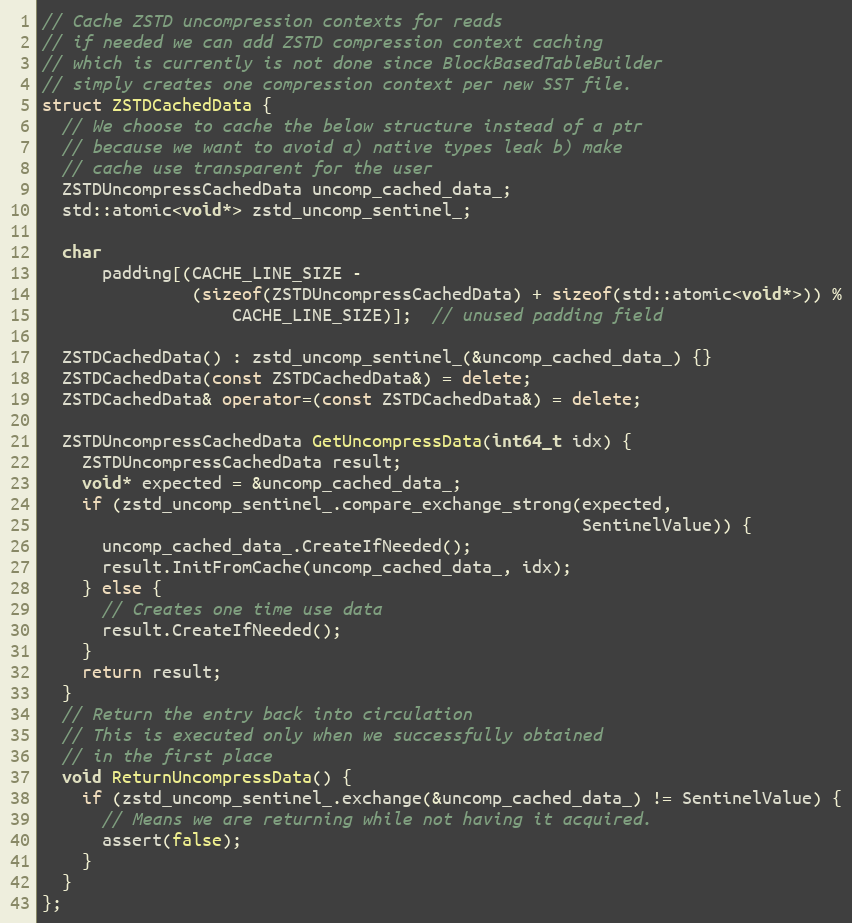
Language: C++
// Cache ZSTD uncompression contexts for reads
// if needed we can add ZSTD compression context caching
// which is currently is not done since BlockBasedTableBuilder
// simply creates one compression context per new SST file.
struct ZSTDCachedData {
  // We choose to cache the below structure instead of a ptr
  // because we want to avoid a) native types leak b) make
  // cache use transparent for the user
  ZSTDUncompressCachedData uncomp_cached_data_;
  std::atomic<void*> zstd_uncomp_sentinel_;

  char
      padding[(CACHE_LINE_SIZE -
               (sizeof(ZSTDUncompressCachedData) + sizeof(std::atomic<void*>)) %
                   CACHE_LINE_SIZE)];  // unused padding field

  ZSTDCachedData() : zstd_uncomp_sentinel_(&uncomp_cached_data_) {}
  ZSTDCachedData(const ZSTDCachedData&) = delete;
  ZSTDCachedData& operator=(const ZSTDCachedData&) = delete;

  ZSTDUncompressCachedData GetUncompressData(int64_t idx) {
    ZSTDUncompressCachedData result;
    void* expected = &uncomp_cached_data_;
    if (zstd_uncomp_sentinel_.compare_exchange_strong(expected,
                                                      SentinelValue)) {
      uncomp_cached_data_.CreateIfNeeded();
      result.InitFromCache(uncomp_cached_data_, idx);
    } else {
      // Creates one time use data
      result.CreateIfNeeded();
    }
    return result;
  }
  // Return the entry back into circulation
  // This is executed only when we successfully obtained
  // in the first place
  void ReturnUncompressData() {
    if (zstd_uncomp_sentinel_.exchange(&uncomp_cached_data_) != SentinelValue) {
      // Means we are returning while not having it acquired.
      assert(false);
    }
  }
};